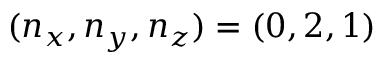
( n _ { x } , n _ { y } , n _ { z } ) = ( 0 , 2 , 1 )